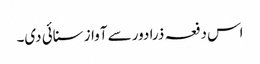
اس دفعہ ذرا دور سے آواز سنائی دی۔